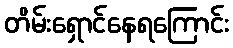
တိမ်းရှောင်နေရကြောင်း